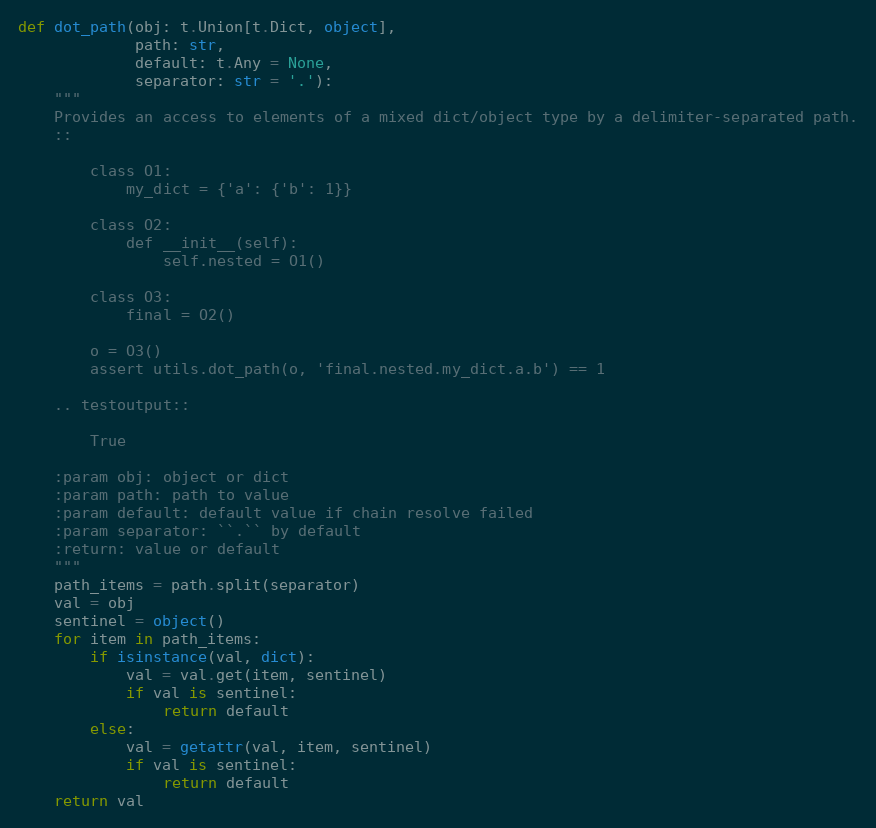
Language: Python
def dot_path(obj: t.Union[t.Dict, object],
             path: str,
             default: t.Any = None,
             separator: str = '.'):
    """
    Provides an access to elements of a mixed dict/object type by a delimiter-separated path.
    ::

        class O1:
            my_dict = {'a': {'b': 1}}

        class O2:
            def __init__(self):
                self.nested = O1()

        class O3:
            final = O2()

        o = O3()
        assert utils.dot_path(o, 'final.nested.my_dict.a.b') == 1

    .. testoutput::

        True

    :param obj: object or dict
    :param path: path to value
    :param default: default value if chain resolve failed
    :param separator: ``.`` by default
    :return: value or default
    """
    path_items = path.split(separator)
    val = obj
    sentinel = object()
    for item in path_items:
        if isinstance(val, dict):
            val = val.get(item, sentinel)
            if val is sentinel:
                return default
        else:
            val = getattr(val, item, sentinel)
            if val is sentinel:
                return default
    return val